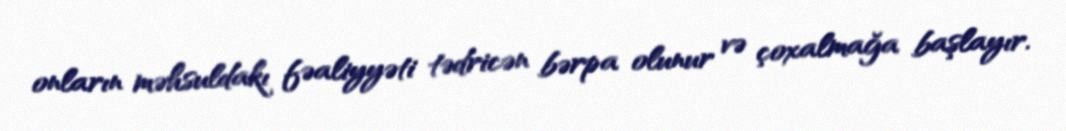
onların məhsuldakı fəaliyyəti tədricən bərpa olunur və çoxalmağa başlayır.